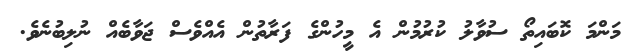
މަންމަ ކޮބައިތޯ ސުވާލު ކުރުމުން އެ މީހުންގެ ފަރާތުން އެއްވެސް ޖަވާބެއް ނުލިބުނެވެ.